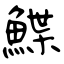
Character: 鰈